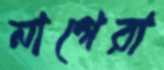
নাগেরা